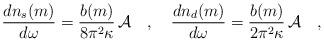
LaTeX: \begin{align*}{dn_s(m) \over d\omega}= {b(m) \over 8\pi^2\kappa}\, {\cal A}~~~,~~~{dn_d(m) \over d\omega}= {b(m) \over 2\pi^2\kappa} \, {\cal A}~~~,\end{align*}